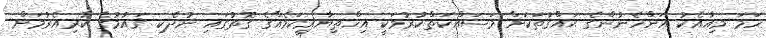
ހަމަ މިއާއެކު އަންހެނުންގެ ޙައްޤުތަކަށް މަސައްކަތްކުރުމަކީ އިޚްތިޔާރީކަމެއްގެ ގޮތުގައި ނުދެކި ޤައުމުގެ ކުރިއެރުމަށް